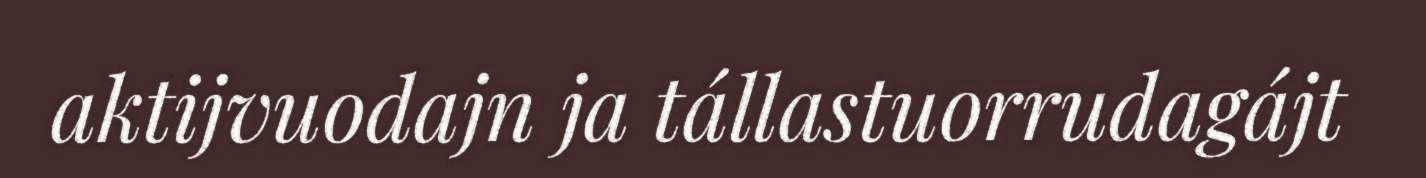
aktijvuodajn ja tállastuorrudagájt